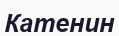
Катенин